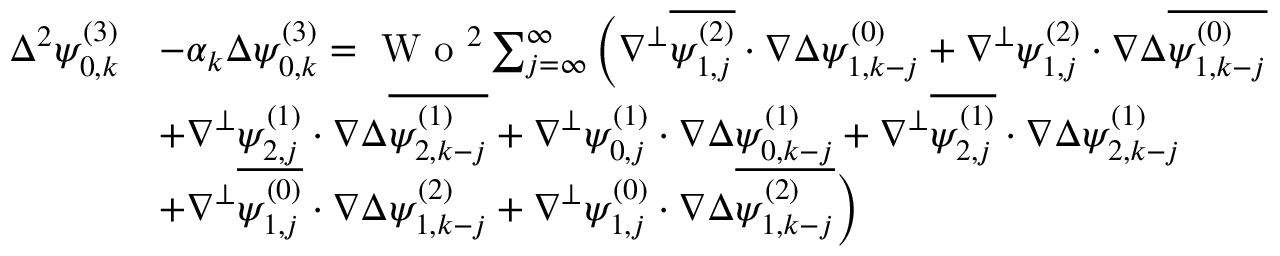
\begin{array} { r l } { \Delta ^ { 2 } \psi _ { 0 , k } ^ { ( 3 ) } } & { - \alpha _ { k } \Delta \psi _ { 0 , k } ^ { ( 3 ) } = \textrm { W o } ^ { 2 } \sum _ { j = \infty } ^ { \infty } \bigg ( \nabla ^ { \perp } \overline { { \psi _ { 1 , j } ^ { ( 2 ) } } } \cdot \nabla \Delta \psi _ { 1 , k - j } ^ { ( 0 ) } + \nabla ^ { \perp } \psi _ { 1 , j } ^ { ( 2 ) } \cdot \nabla \Delta \overline { { \psi _ { 1 , k - j } ^ { ( 0 ) } } } } \\ & { + \nabla ^ { \perp } \psi _ { 2 , j } ^ { ( 1 ) } \cdot \nabla \Delta \overline { { \psi _ { 2 , k - j } ^ { ( 1 ) } } } + \nabla ^ { \perp } \psi _ { 0 , j } ^ { ( 1 ) } \cdot \nabla \Delta \psi _ { 0 , k - j } ^ { ( 1 ) } + \nabla ^ { \perp } \overline { { \psi _ { 2 , j } ^ { ( 1 ) } } } \cdot \nabla \Delta \psi _ { 2 , k - j } ^ { ( 1 ) } } \\ & { + \nabla ^ { \perp } \overline { { \psi _ { 1 , j } ^ { ( 0 ) } } } \cdot \nabla \Delta \psi _ { 1 , k - j } ^ { ( 2 ) } + \nabla ^ { \perp } \psi _ { 1 , j } ^ { ( 0 ) } \cdot \nabla \Delta \overline { { \psi _ { 1 , k - j } ^ { ( 2 ) } } } \bigg ) } \end{array}